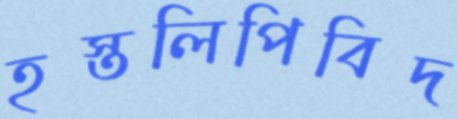
হস্তলিপিবিদ